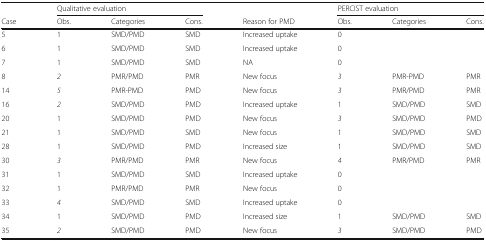
|  | <COLSPAN=3> Qualitative evaluation |  | <COLSPAN=3> PERCIST evaluation |
 | Case | Obs. | Categories | Cons. | Reason for PMD | Obs. | Categories | Cons. |
 | --- | --- | --- | --- | --- | --- | --- | --- |
 | 5 | 1 | SMD/PMD | SMD | Increased uptake | 0 |  |  |
 | 6 | 1 | SMD/PMD | SMD | Increased uptake | 0 |  |  |
 | 7 | 1 | SMD/PMD | SMD | NA | 0 |  |  |
 | 8 | 2 | PMR/PMD | PMR | New focus | 3 | PMR-PMD | PMR |
 | 14 | 5 | PMR-PMD | PMD | New focus | 3 | PMR/PMD | PMR |
 | 16 | 2 | SMD/PMD | PMD | Increased uptake | 1 | SMD/PMD | SMD |
 | 20 | 1 | SMD/PMD | PMD | New focus | 3 | SMD/PMD | PMD |
 | 21 | 1 | SMD/PMD | SMD | New focus | 1 | SMD/PMD | SMD |
 | 28 | 1 | SMD/PMD | PMD | Increased size | 1 | SMD/PMD | SMD |
 | 30 | 3 | PMR/PMD | PMR | New focus | 4 | PMR/PMD | PMR |
 | 31 | 1 | SMD/PMD | SMD | Increased uptake | 0 |  |  |
 | 32 | 1 | PMR/PMD | PMR | New focus | 0 |  |  |
 | 33 | 4 | SMD/PMD | SMD | Increased uptake | 0 |  |  |
 | 34 | 1 | SMD/PMD | PMD | Increased size | 1 | SMD/PMD | SMD |
 | 35 | 2 | SMD/PMD | PMD | New focus | 3 | SMD/PMD | PMD |